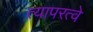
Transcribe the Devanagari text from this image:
त्यापरत्वे